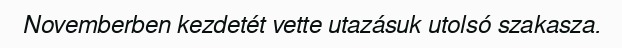
Novemberben kezdetét vette utazásuk utolsó szakasza.